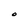
Character: O